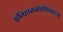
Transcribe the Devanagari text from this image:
इतिहाससंशोधकाच्या